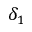
\delta _ { 1 }